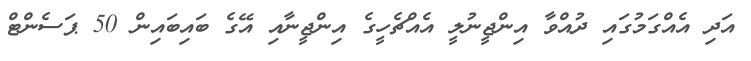
އަދި އެއްގަމުގައި ދުއްވާ އިންޖީނުލީ އެއްޗެހީގެ އިންޖީނާއި އޭގެ ބައިބައިން 50 ޕަސެންޓް